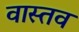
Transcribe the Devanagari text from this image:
वास्तव